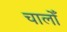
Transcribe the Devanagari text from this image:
चालोँ